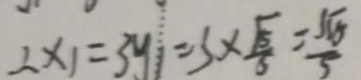
2 \times 1 = 3 y = 3 \times \frac { \sqrt { 5 } } { 5 } = \frac { 5 \sqrt { 5 } } { 5 }